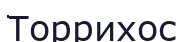
Торрихос